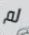
لم